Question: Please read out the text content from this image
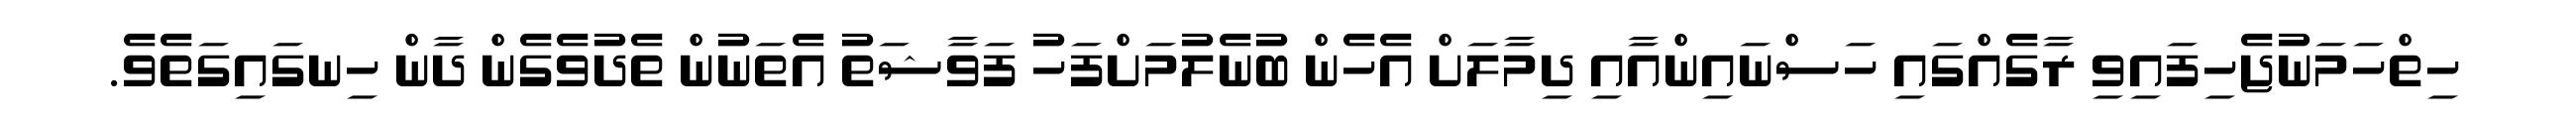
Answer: ހިތްހަމަނުޖެހިފައިވި ރާގެއްގައި ހަސްނައިންއާއި ދިމާލަށް އެހެން ބުނެލުމަށްފަހު ފަވާޝަތު އެތަނުން ތެދުވެގެން ދާން ހިނގައިގަތެވެ.